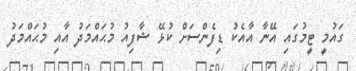
ގައުމީ ޓީމުގައި އޭނާ އާއެކު ޑިފެންސަށް ކުޅޭ ޝާފިއު މުޙައްމަދު އާއި މުޙައްމަދު